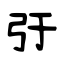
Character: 弙